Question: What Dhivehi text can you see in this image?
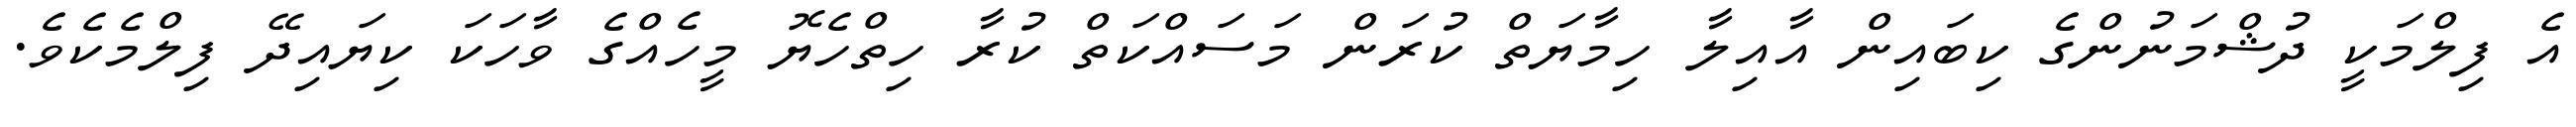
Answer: އެ ފިލްމަކީ ދުޝްމަނުންގެ ކިބައިން އާއިލާ ހިމާޔަތް ކުރަން މަސައްކަތް ކުރާ ހިތްހެޔޮ މީހެއްގެ ވާހަކަ ކިޔައިދޭ ފިލްމެކެވެ.